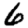
Digit: 6